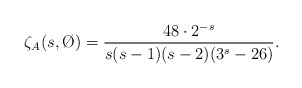
\begin{align*}\zeta_A(s,\O)=\frac{48\cdot 2^{-s}}{s(s-1)(s-2)(3^s-26)}.\end{align*}